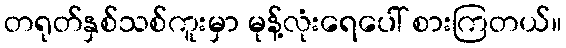
တရုတ်နှစ်သစ်ကူးမှာ မုန့်လုံးရေပေါ် စားကြတယ်။